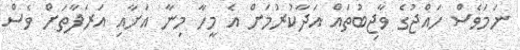
ނަމަވެސް ހައްޖުގެ ވާޖިބުތައް އަދާކުރުމަށް އެ މީހާ މިނާ އަށާއި އަރަފާތަށް ވެސް